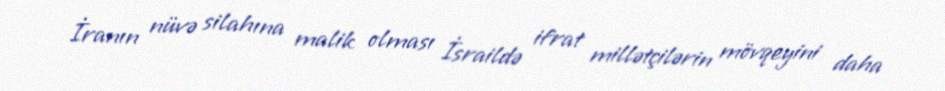
İranın nüvə silahına malik olması İsraildə ifrat millətçilərin mövqeyini daha